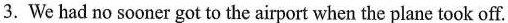
3.We had no sooner got to the airport when the plane took off.